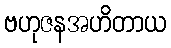
ဗဟုဇနအဟိတာယ